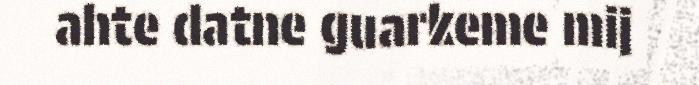
ahte datne guarkeme mij